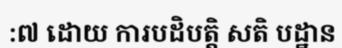
:៧ ដោយ ការបដិបត្តិ សតិ បដ្ឋាន